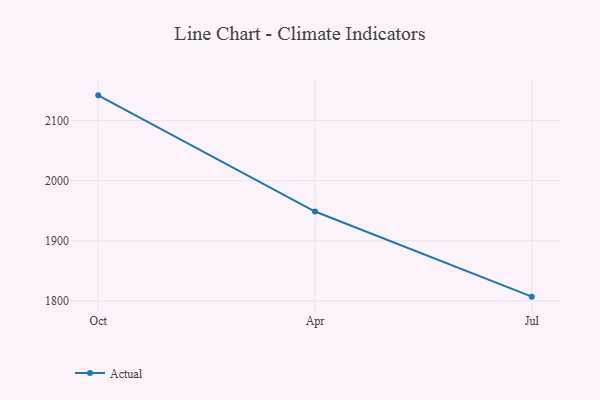
{"axis": {"x": "Month", "y": "Humidity (%)"}, "legend": ["Actual"], "data": [{"x": "Oct", "y": 2141.8, "type": "Actual"}, {"x": "Apr", "y": 1948.7, "type": "Actual"}, {"x": "Jul", "y": 1807.2, "type": "Actual"}]}